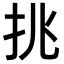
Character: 𢪢